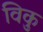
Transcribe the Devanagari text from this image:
विकु